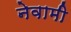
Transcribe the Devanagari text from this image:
नेवामी